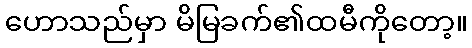
ဟောသည်မှာ မိမြခက်၏ထမီကိုတော့။